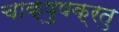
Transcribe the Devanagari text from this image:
चाक्षुषक्रतु